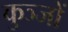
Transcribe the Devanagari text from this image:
कुञ्जों